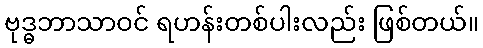
ဗုဒ္ဓဘာသာဝင် ရဟန်းတစ်ပါးလည်း ဖြစ်တယ်။